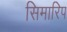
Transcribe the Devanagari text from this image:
सिमारिप